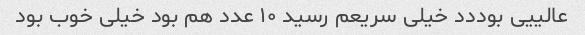
عالییی بوددد خیلی سریعم رسید ۱۰ عدد هم بود خیلی خوب بود